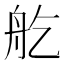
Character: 𦨏